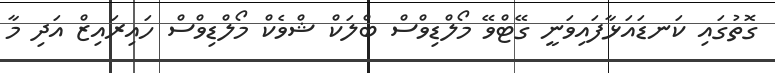
ގޮތުގައި ކަނޑައަޅާފައިވަނީ ގޭޓްވޭ މޯލްޑިވްސް ބްލަކް ޝްވެކް މޯލްޑިވްސް ހައިރައިޒް އަދި މާ